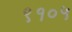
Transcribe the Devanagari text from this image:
९१०५